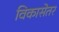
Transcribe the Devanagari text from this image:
विकासेतर